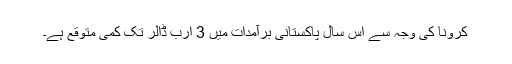
کرونا کی وجہ سے اس سال پاکستانی برآمدات میں 3 ارب ڈالر تک کمی متوقع ہے۔